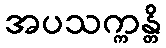
အပသက္ကန္တိ